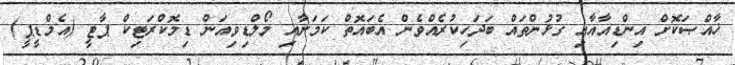
ޚާއްޞަކޮށް އިންޑިއާއާއި ގުޅުންތައް ބަދަހިކުރެއްވެން އެބައޮތް ކަމަށާއި މޯލްޑިވިއަން ޑިމޮކްރަޓިކް ޕާޓީ (އެމްޑީޕީ)